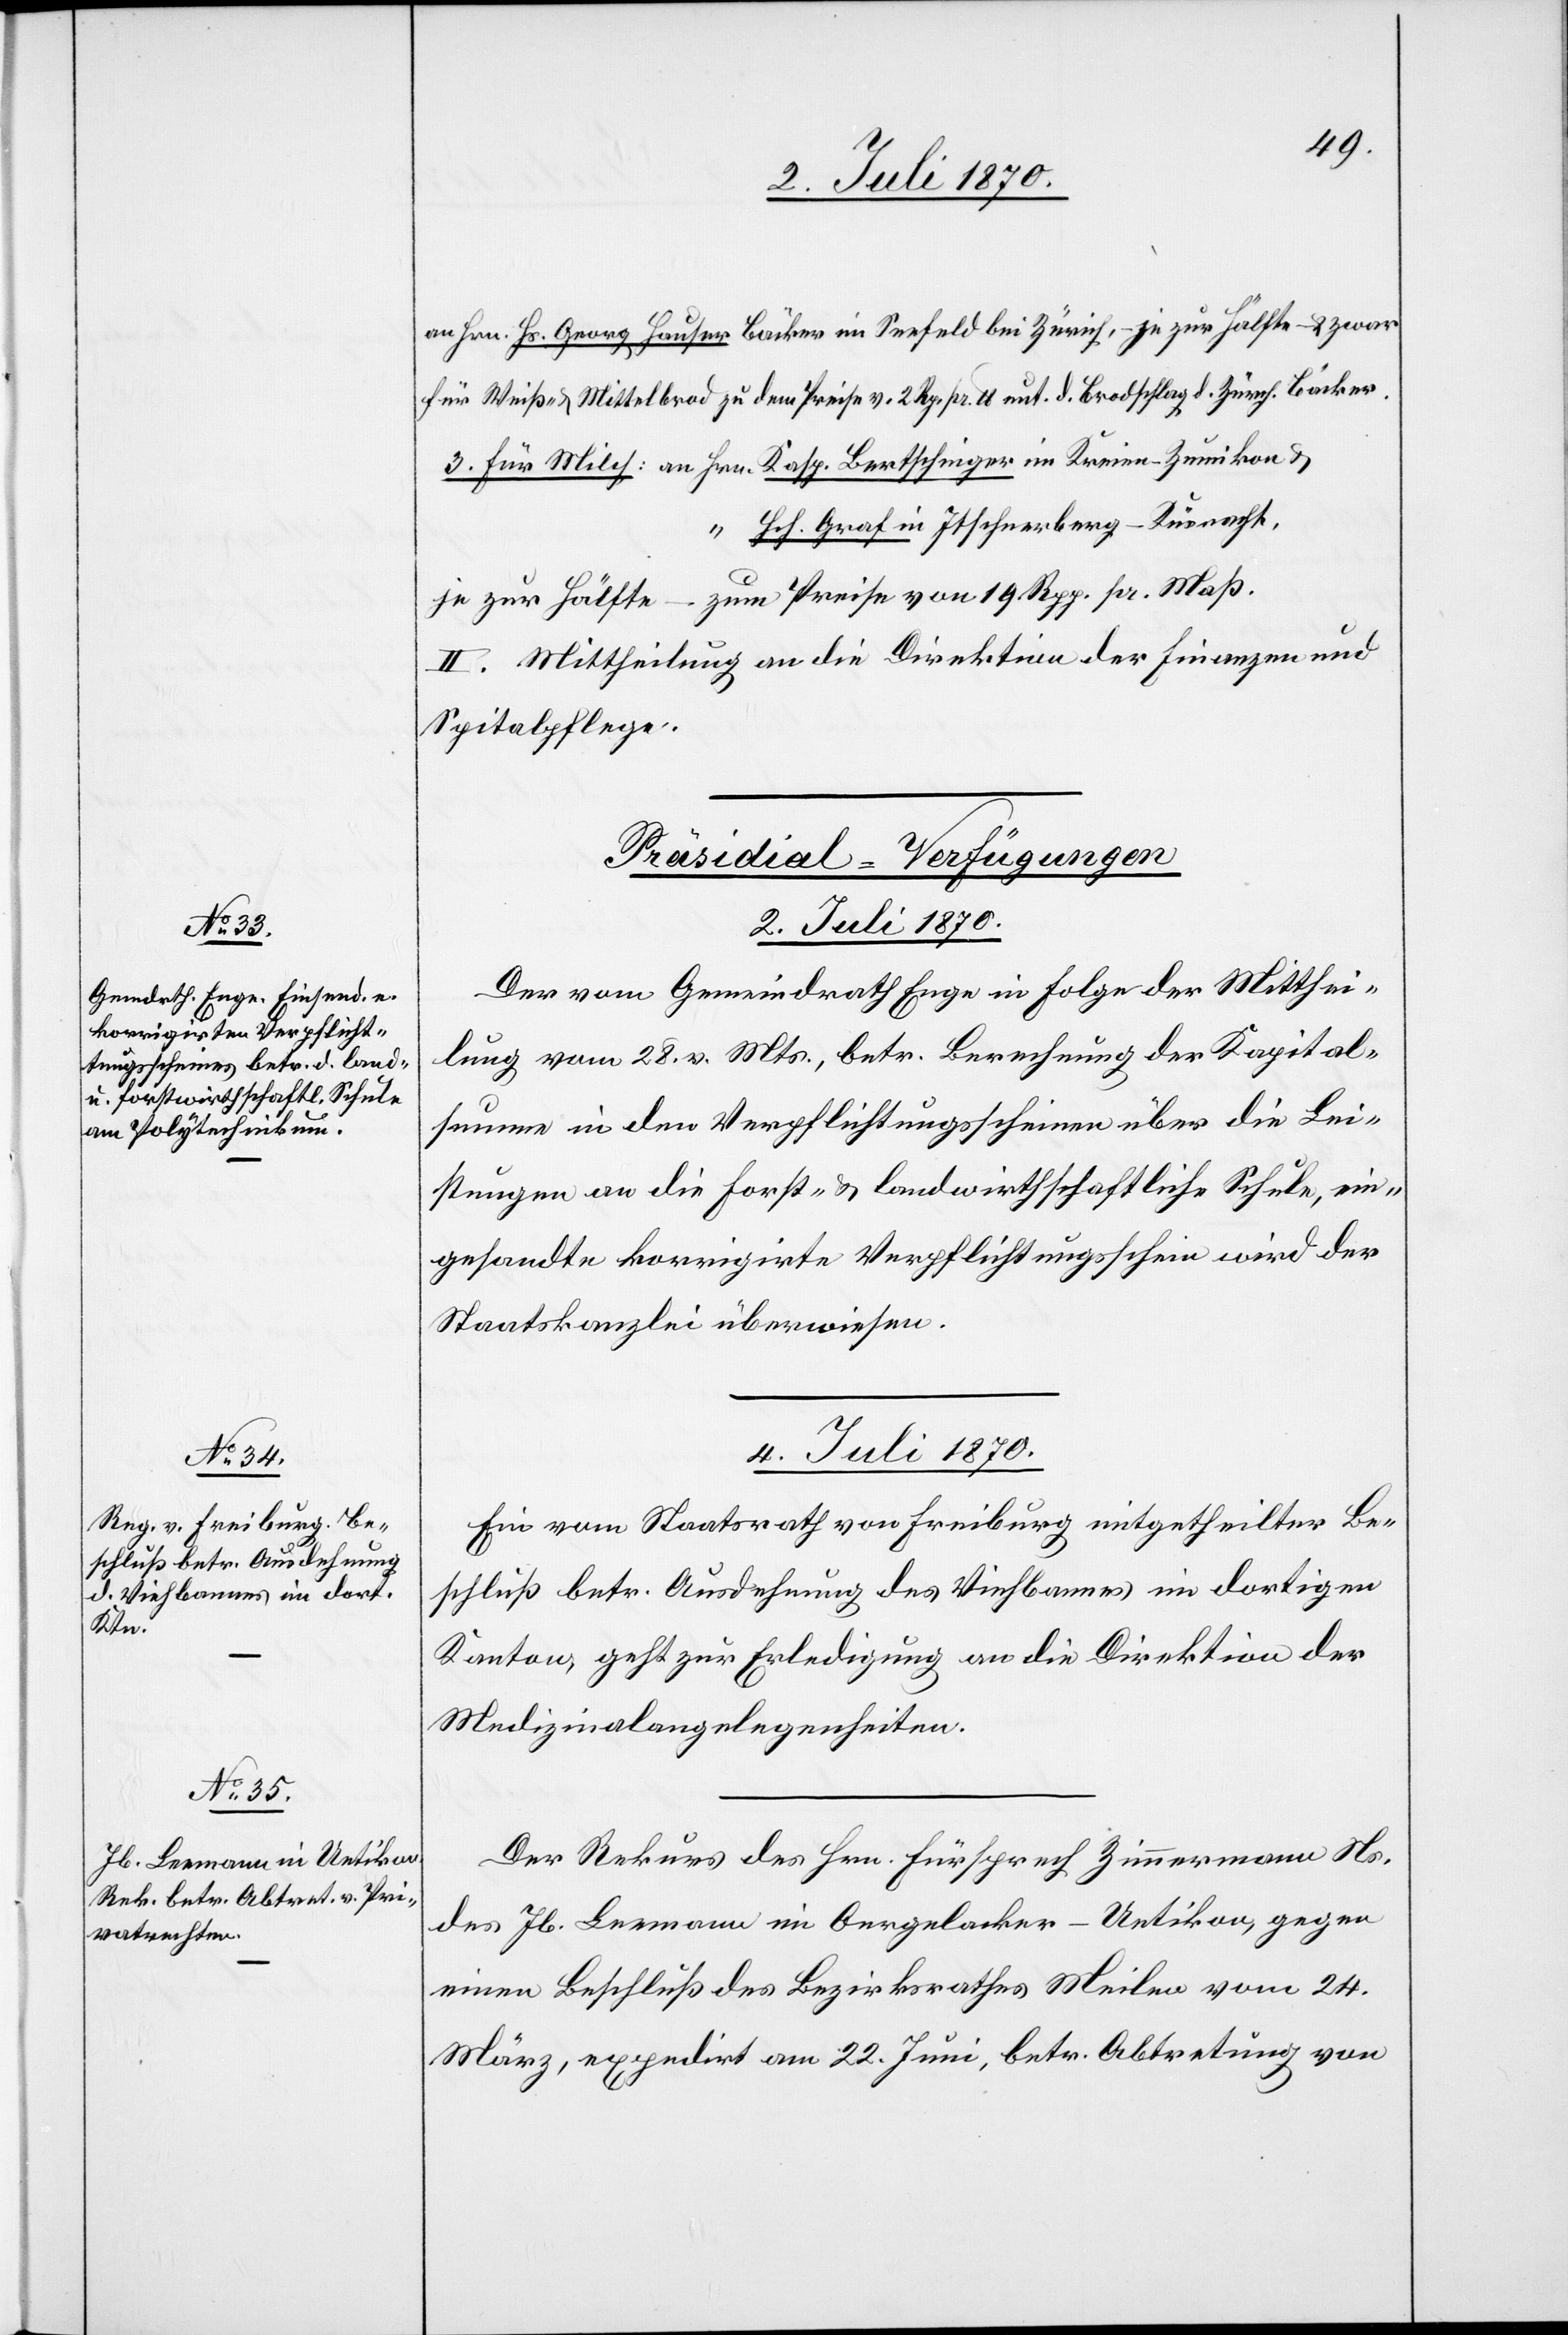
an Hrn. Hs. Georg Hauser Bäcker im Seefeld bei Zürich, – je zur Hälfte – & zwar
für Weiß- & Mittelbrod zu dem Preise v. 2 Rp. pr. lb. unt. d. Brodschlag d. zürch. Bäcker.
3. Für Milch: an Hrn. Kasp. Bertschinger im Kreien - Zumikon &
“ Hch. Graf in Itschnerberg - Küsnacht.
je zur Hälfte – zum Preise von 19 Rpp. pr. Maß.
II. Mittheilung an die Direktion der Finanzen und
Spitalpflege.
[Präsidial-Verfügungen
2. Juli 1870.
Der vom Gemeindrath Enge in Folge der Mitthei¬
lung vom 28. v. Mts., betr. Berechnung der Kapital¬
summe in den Verpflichtungsscheinen über die Lei¬
stungen an die forst- & landwirthschaftliche Schule, ein¬
gesandte korrigirte Verpflichtungsschein wird der
Staatskanzlei überwiesen.
4. Juli 1870.]
Ein vom Staatsrath von Freiburg mitgetheilter Be¬
schluß betr. Ausdehnung des Viehbannes im dortigen
Kanton, geht zur Erledigung an die Direktion der
Medizinalangelegenheiten.
Der Rekurs des Hrn. Fürsprech Zimmermann Ns.
des Jb. Leemann im Oergelacker - Uetikon, gegen
einen Beschluß des Bezirksrathes Meilen vom 24.
März, expedirt am 22. Juni, betr. Abtretung von